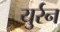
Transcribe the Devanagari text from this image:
युर्रन